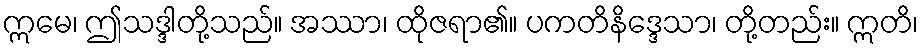
ဣမေ၊ ဤသဒ္ဒါတို့သည်။ အဿာ၊ ထိုဇရာ၏။ ပကတိနိဒ္ဒေသာ၊ တို့တည်း။ ဣတိ၊